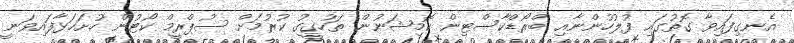
އެނގިފައިވާ ގޮތުގައި ފުލުހުންނާއި ބްރޯޑްކާސްޓިން ކޮމިޝަނުން ތަހުގީގު ކުރުމަށް ސުޕްރީމް ކޯޓުން ހުށަހަޅާފައިވަނީ